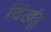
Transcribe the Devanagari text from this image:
विखंडू